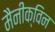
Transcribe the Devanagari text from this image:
मैनीक्विन